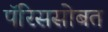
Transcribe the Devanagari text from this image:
पॅरिससोबत